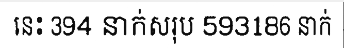
នេះ 394 នាក់សរុប 593186 នាក់